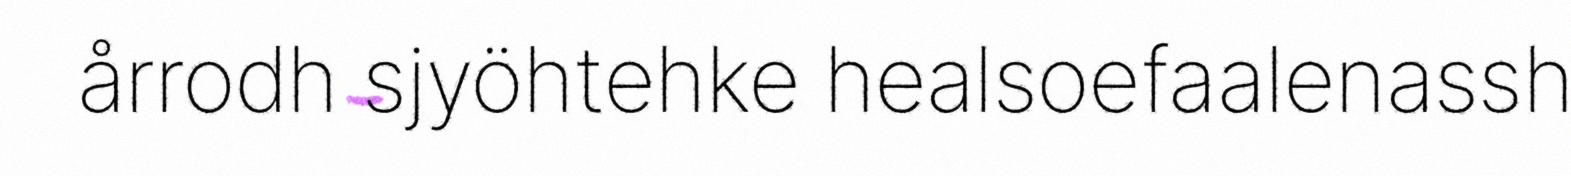
årrodh sjyöhtehke healsoefaalenassh